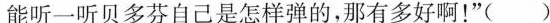
能听一听贝多芬自己是怎样弹的，那有多好啊！”( )